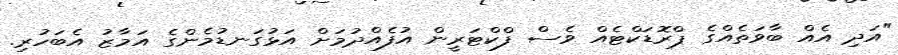
"އަދި އެއް ބާވަތެއްގެ ޕްރޮޑަކްޓެއް ވެސް ފްކްޓަރީން އުފެއްދުމަށް އަޅުގަނޑުމެންގެ އަމާޒު އެބަހުރި.